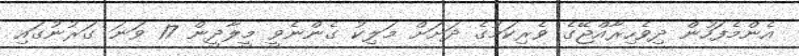
އެންމެފަހުން ދިވެހިރާއްޖޭގެ ވެރިކަމުގެ ދަށަށް މަލިކު ގެންނެވީ މީލާދީން 17 ވަނަ ގަރުނުގައި